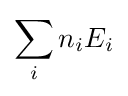
\sum _{i}n_{i}E_{i}